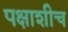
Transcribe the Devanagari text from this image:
पक्षाशीच